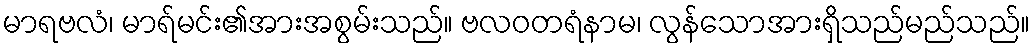
မာရဗလံ၊ မာရ်မင်း၏အားအစွမ်းသည်။ ဗလဝတရံနာမ၊ လွန်သောအားရှိသည်မည်သည်။